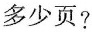
多少页？